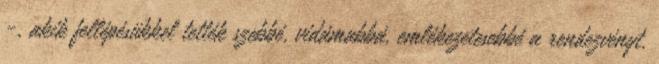
-, akik fellépésükkel tették szebbé, vidámabbá, emlékezetesebbé a rendezvényt.